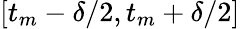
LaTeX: [t_{m}-\delta/2,t_{m}+\delta/2]